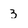
Character: 3